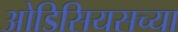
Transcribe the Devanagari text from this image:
ओडिसियसच्या